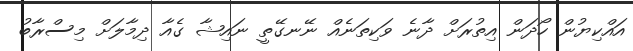
އައްކިޔުން ހޯދަން އިތުރަށް ދާނެ ވަކިތަނެއް ނޭނގޭތީ ނައިޝާ ގެއާ ދިމާލަށް މިސްރާބު